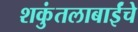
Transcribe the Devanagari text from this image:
शकुंतलाबाईंचे